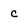
Character: c